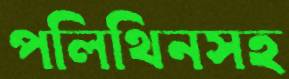
পলিথিনসহ